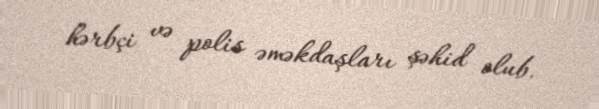
hərbçi və polis əməkdaşları şəhid olub.